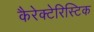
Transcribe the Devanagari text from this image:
कैरेक्टेरिस्टिक